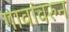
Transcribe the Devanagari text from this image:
गावांवरुन